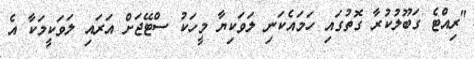
"ރިއްޓެ ގަބޫލުކުރާ ގޮތުގައި ހަމައެކަނި ލަވަކިޔާ މީހަކު ސްޓޭޖަށް އަރައި ލަވަކީމަކާ އެ